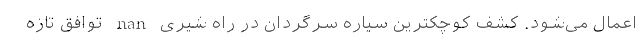
اعمال می‌شود. کشف کوچکترین سیاره سرگردان در راه شیری nan توافق تازه